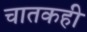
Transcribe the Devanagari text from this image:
चातकही